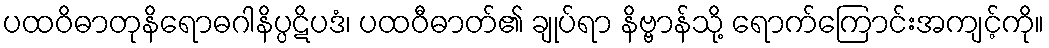
ပထဝိဓာတုနိရောဓဂါနိပ္ပဋိပဒံ၊ ပထဝီဓာတ်၏ ချုပ်ရာ နိဗ္ဗာန်သို့ ရောက်ကြောင်းအကျင့်ကို။